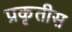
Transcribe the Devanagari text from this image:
प्रकृतीस